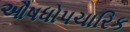
ઔષધોપચારિક